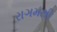
રાગમથી